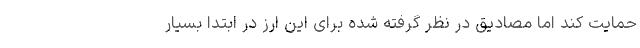
حمایت کند اما مصادیق در نظر گرفته شده برای این ارز در ابتدا بسیار